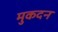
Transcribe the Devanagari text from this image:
मुकदन